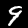
Label: 9